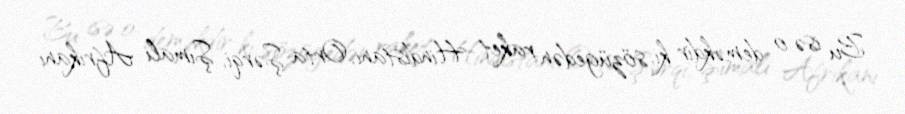
Bu isə o deməkdir ki, sözügedən raket Hindistanı, Orta Şərqi, Şimali Afrikanı